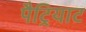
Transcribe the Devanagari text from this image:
पैट्रियाट